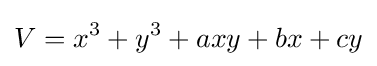
V=x^{3}+y^{3}+axy+bx+cy